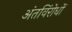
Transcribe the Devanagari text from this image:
अंतविंरोधों